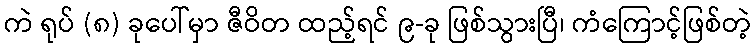
ကဲ ရုပ် (၈) ခုပေါ်မှာ ဇီဝိတ ထည့်ရင် ၉-ခု ဖြစ်သွားပြီ၊ ကံကြောင့်ဖြစ်တဲ့